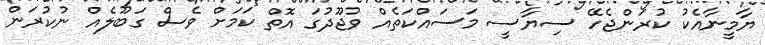
ޔާމީނާއެކު ކުރަންޖެހޭ ސިޔާސީ މަސައްކަތެއް ވުޖޫދުގަ އޮތް ކަމަށް ވެސް ގަބޫލެއް ނުކުރަން